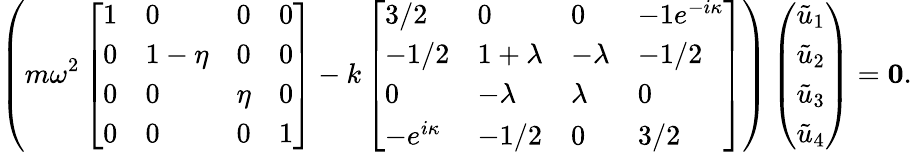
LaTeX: \left(m\omega^{2}\left[\begin{array}{llll}{1}&{0}&{0}&{0}\\ {0}&{1-\eta}&{0}&{0}\\ {0}&{0}&{\eta}&{0}\\ {0}&{0}&{0}&{1}\end{array}\right]-k\left[\begin{array}{llll}{3/2}&{0}&{0}&{-1e^{-i\kappa}}\\ {-1/2}&{1+\lambda}&{-\lambda}&{-1/2}\\ {0}&{-\lambda}&{\lambda}&{0}\\ {-e^{i\kappa}}&{-1/2}&{0}&{3/2}\end{array}\right]\right)\left(\begin{array}{l}{\tilde{u}_{1}}\\ {\tilde{u}_{2}}\\ {\tilde{u}_{3}}\\ {\tilde{u}_{4}}\end{array}\right)=\textbf{0}.